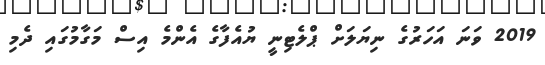
2019 ވަނަ އަހަރުގެ ނިޔަލަށް ޕްލެޓިނީ ޔުއެފާގެ އެންމެ އިސް މަގާމުގައި ދެމި